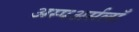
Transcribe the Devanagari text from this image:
अस्पअर्सलाँ